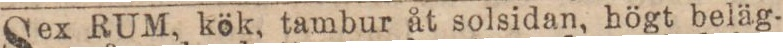
Sex RUM, kök, tambur åt solsidan, högt beläg-